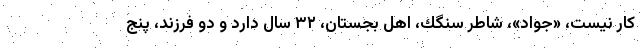
كار نيست، «جواد»، شاطر سنگك، اهل بجستان، ۳۲ سال دارد و دو فرزند، پنج